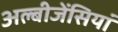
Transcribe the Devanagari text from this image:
अल्बीजेंसियां